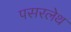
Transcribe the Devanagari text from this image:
पसरलेथ